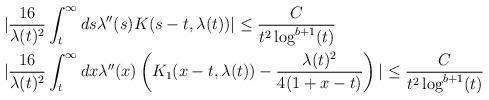
LaTeX: \begin{align*} &|\frac{16}{\lambda(t)^{2}} \int_{t}^{\infty} ds \lambda''(s)K(s-t,\lambda(t))| \leq \frac{C}{t^{2}\log^{b+1}(t)}\\&|\frac{16}{\lambda(t)^{2}} \int_{t}^{\infty} dx \lambda''(x)\left(K_{1}(x-t,\lambda(t))-\frac{\lambda(t)^{2}}{4(1+x-t)}\right)| \leq \frac{C}{t^{2}\log^{b+1}(t)}\end{align*}